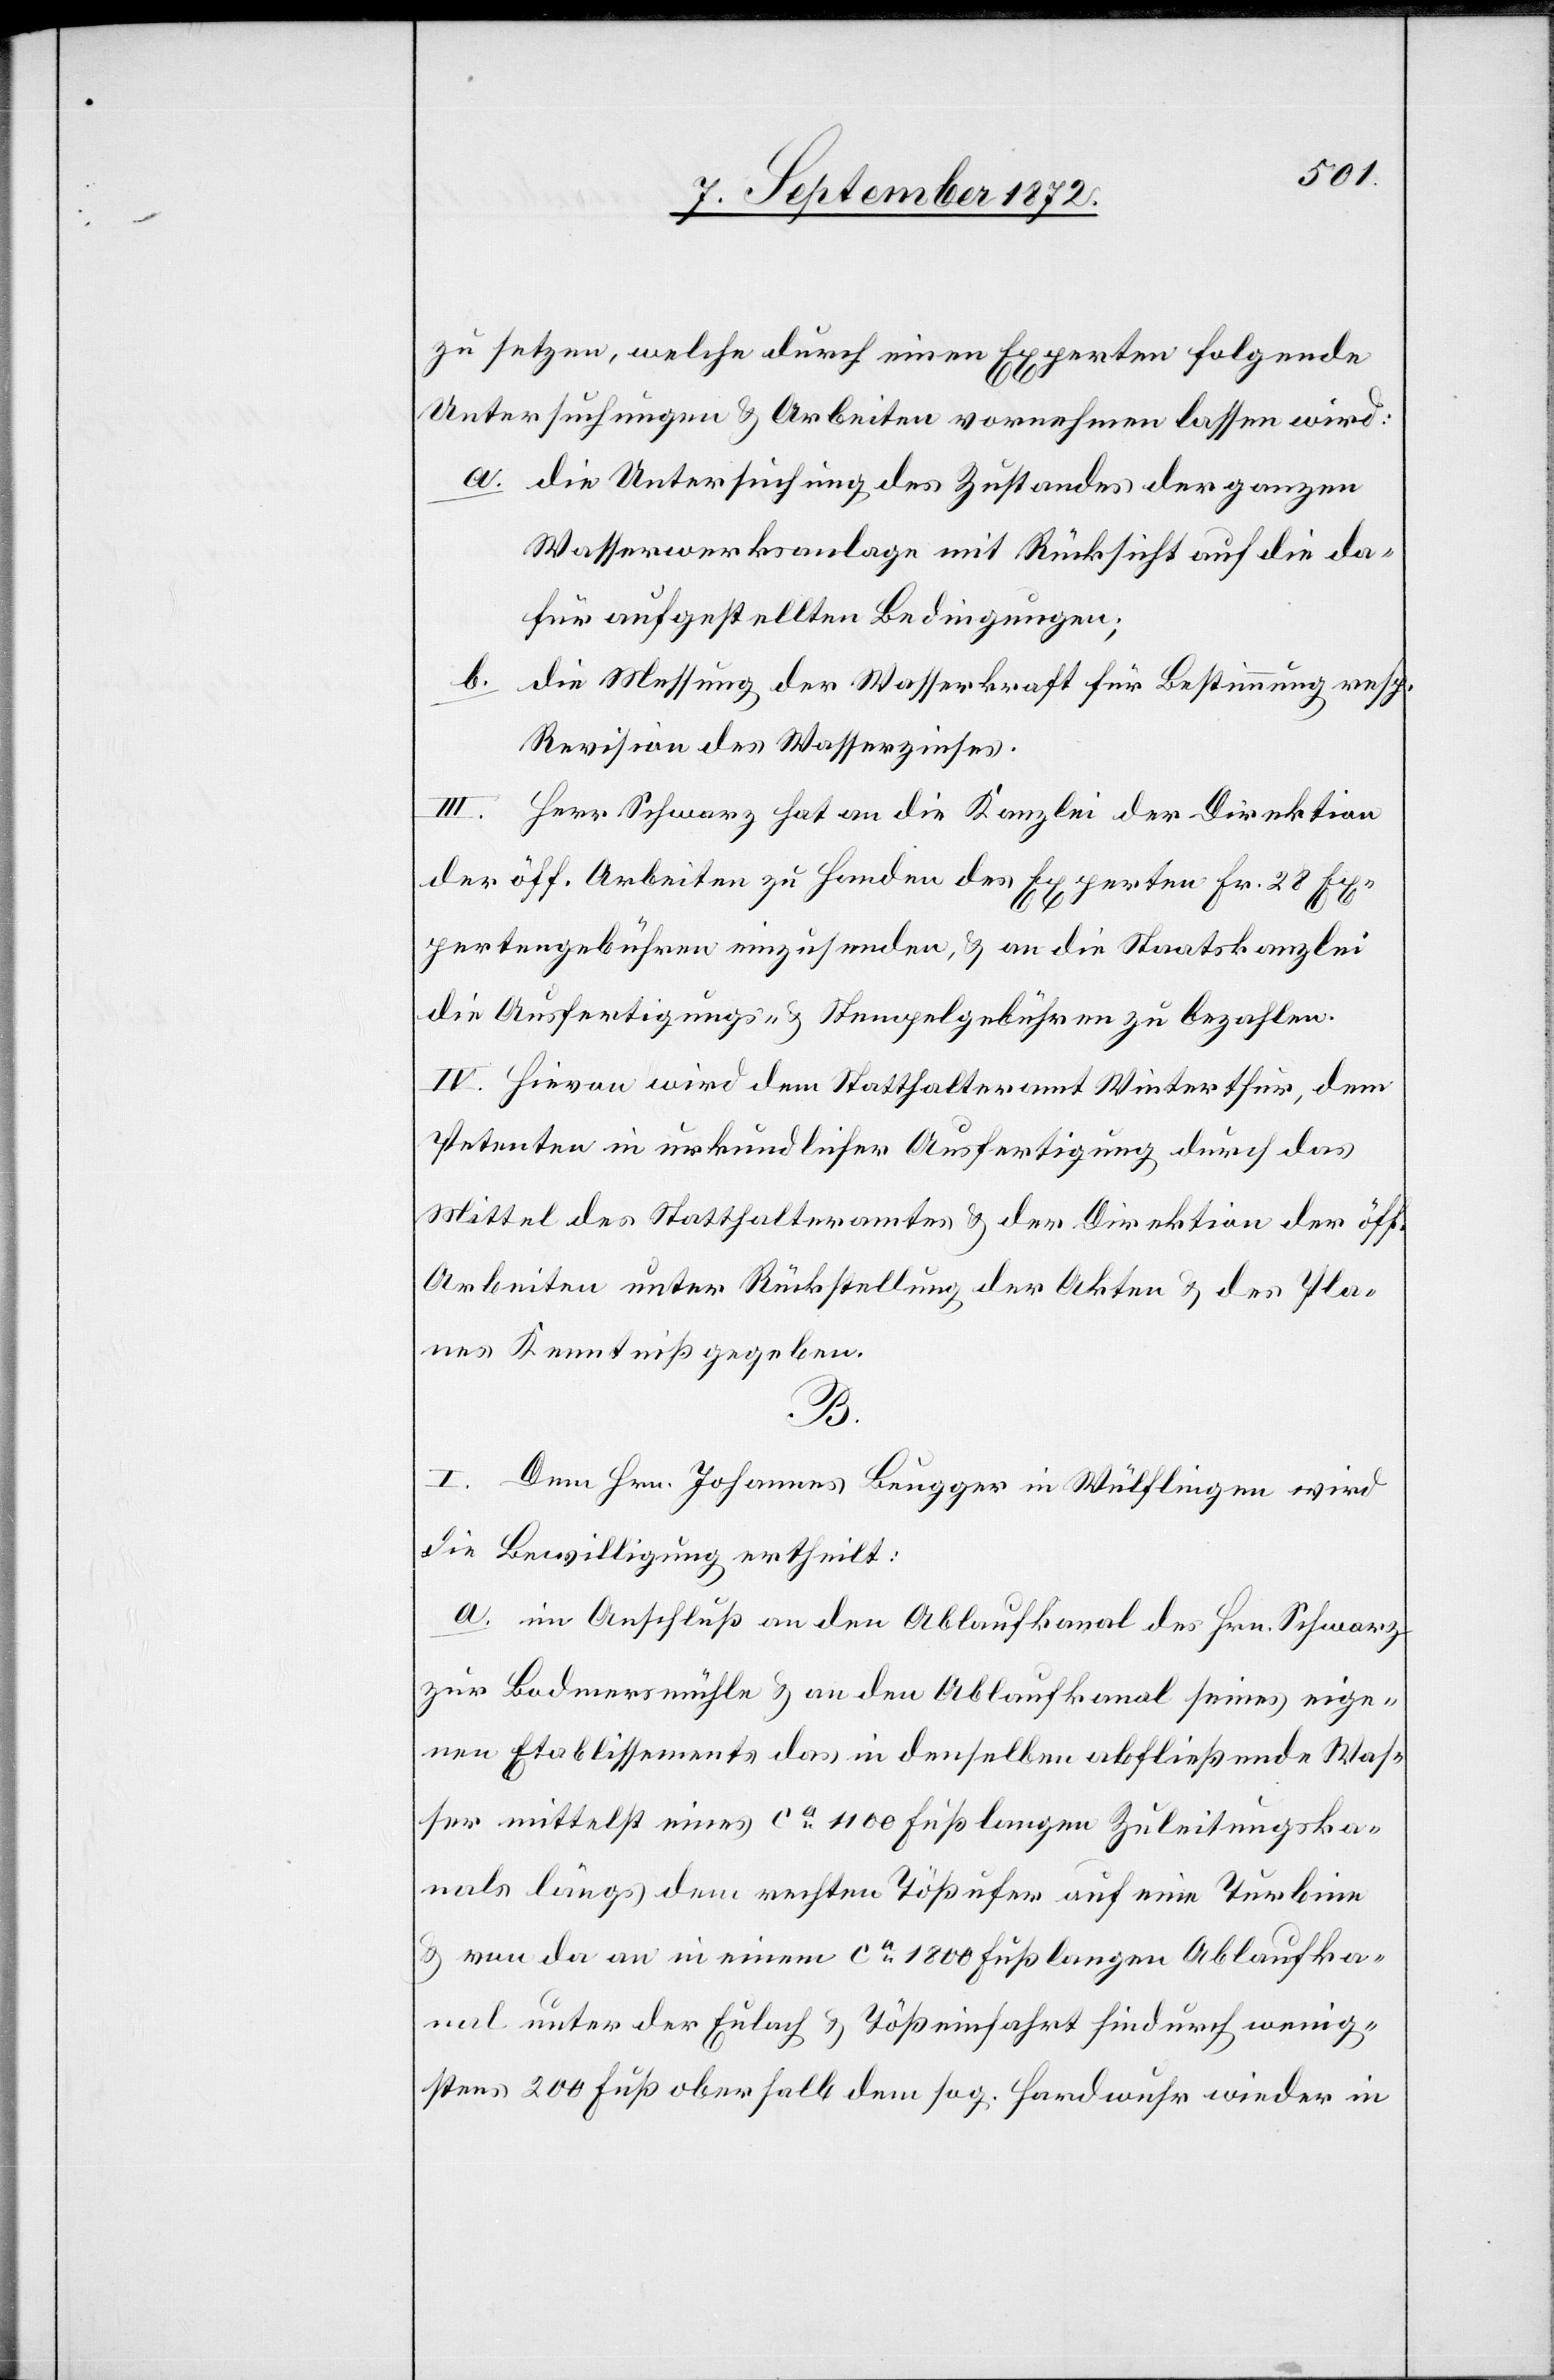
zu setzen, welche durch einen Experten folgende
Untersuchungen u. Arbeiten vornehmen lassen wird:
a. die Untersuchung des Zustandes der ganzen
Wasserwerksanlage mit Rücksicht auf die da¬
für aufgestellten Bedingungen;
b. die Messung der Wasserkraft für Bestimmung resp.
Revision des Wasserzinses.
III. Herr Schwarz hat an die Kanzlei der Direktion
der öff. Arbeiten zu Handen des Experten Fr. 28 Ex¬
pertengebühren einzusenden, u. an die Staatskanzlei
die Ausfertigungs- u. Stempelgebühren zu bezahlen.
IV. Hievon wird dem Statthalteramt Winterthur, dem
Petenten in urkundlicher Ausfertigung durch das
Mittel des Statthalteramtes u. der Direktion der öff.
Arbeiten unter Rückstellung der Akten u. des Pla¬
nes Kenntniß gegeben.
B.
I. Dem Hrn. Johannes Beugger in Wülflingen wird
die Bewilligung ertheilt:
a. im Anschluß an den Ablaufkanal des Hrn. Schwarz
zur Bodmersmühle u. an den Ablaufkanal seines eige¬
nen Etablissements das in denselben abfließende Was¬
ser mittelst eines ca 1100 Fuß langen Zuleitungska¬
nals längs dem rechten Tößufer auf eine Turbine
u. von da an in einem ca 1800 Fuß langen Ablaufka¬
nal unter der Eulach u. Tößeinfahrt hindurch wenig¬
stens 200 Fuß oberhalb dem sog. Hardwuhr wieder in